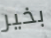
بخير